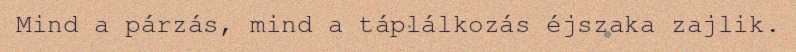
Mind a párzás, mind a táplálkozás éjszaka zajlik.